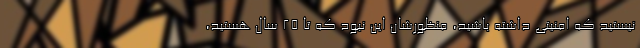
نیستید که امنیتی داشته باشید، منظورشان این نبود که تا 25 سال هستید،